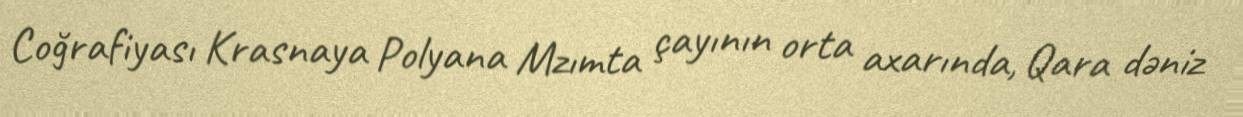
Coğrafiyası Krasnaya Polyana Mzımta çayının orta axarında, Qara dəniz